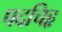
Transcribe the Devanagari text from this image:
पदचिहृ